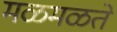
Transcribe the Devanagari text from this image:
मळमळते